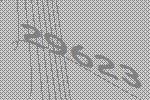
29623